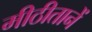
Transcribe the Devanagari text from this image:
मीठीतानें